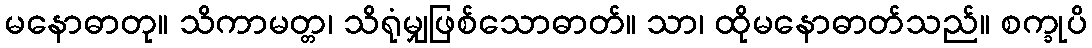
မနောဓာတု။ သိကာမတ္တ၊ သိရုံမျှဖြစ်သောဓာတ်။ သာ၊ ထိုမနောဓာတ်သည်။ စက္ခုပိ